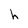
Character: h